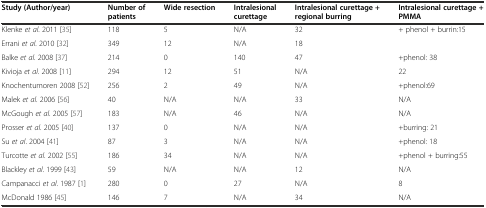
<table><thead><tr><td><b>Study (Author/year)</b></td><td><b>Number of patients</b></td><td><b>Wide resection</b></td><td><b>Intralesional curettage</b></td><td><b>Intralesional curettage + regional burring</b></td><td><b>Intralesional curettage + PMMA</b></td></tr></thead><tbody><tr><td>Klenke <i>et al</i>. 2011 [35]</td><td>118</td><td>5</td><td>N/A</td><td>32</td><td>+ phenol + burrin:15</td></tr><tr><td>Errani <i>et al</i>. 2010 [32]</td><td>349</td><td>12</td><td>N/A</td><td>18</td><td></td></tr><tr><td>Balke <i>et al</i>. 2008 [37]</td><td>214</td><td>0</td><td>140</td><td>47</td><td>+phenol: 38</td></tr><tr><td>Kivioja <i>et al</i>. 2008 [11]</td><td>294</td><td>12</td><td>51</td><td>N/A</td><td>22</td></tr><tr><td>Knochentumoren 2008 [52]</td><td>256</td><td>2</td><td>49</td><td>N/A</td><td>+phenol:69</td></tr><tr><td>Malek <i>et al</i>. 2006 [56]</td><td>40</td><td>N/A</td><td>N/A</td><td>33</td><td>N/A</td></tr><tr><td>McGough <i>et al</i>. 2005 [57]</td><td>183</td><td>N/A</td><td>46</td><td>N/A</td><td>N/A</td></tr><tr><td>Prosser <i>et al</i>. 2005 [40]</td><td>137</td><td>0</td><td>N/A</td><td>N/A</td><td>+burring: 21</td></tr><tr><td>Su <i>et al</i>. 2004 [41]</td><td>87</td><td>3</td><td>N/A</td><td>N/A</td><td>+phenol: 18</td></tr><tr><td>Turcotte <i>et al</i>. 2002 [55]</td><td>186</td><td>34</td><td>N/A</td><td>N/A</td><td>+phenol + burring:55</td></tr><tr><td>Blackley <i>et al</i>. 1999 [43]</td><td>59</td><td>N/A</td><td>N/A</td><td>12</td><td>N/A</td></tr><tr><td>Campanacci <i>et al</i>. 1987 [1]</td><td>280</td><td>0</td><td>27</td><td>N/A</td><td>8</td></tr><tr><td>McDonald 1986 [45]</td><td>146</td><td>7</td><td>N/A</td><td>34</td><td>N/A</td></tr></tbody></table>